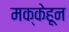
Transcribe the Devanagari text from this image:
मक्केहून